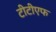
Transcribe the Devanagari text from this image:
टीटीएफ